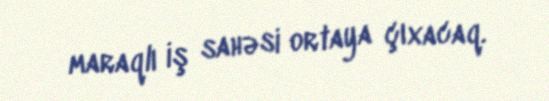
maraqlı iş sahəsi ortaya çıxacaq.